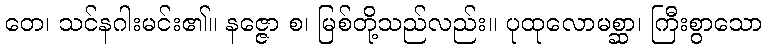
တေ၊ သင်နဂါးမင်း၏။ နဇ္ဇော စ၊ မြစ်တို့သည်လည်း။ ပုထုလောမစ္ဆာ၊ ကြီးစွာသော